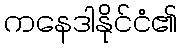
ကနေဒါနိုင်ငံ၏